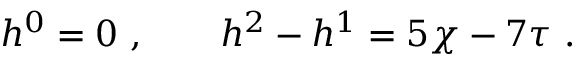
h ^ { 0 } = 0 \ , \qquad h ^ { 2 } - h ^ { 1 } = 5 \chi - 7 \tau \ .